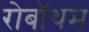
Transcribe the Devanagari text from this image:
रोबॉथम